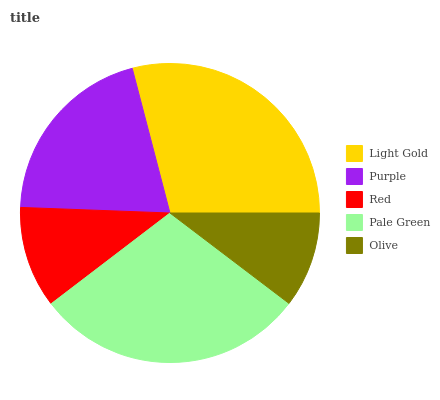
| Light Gold | Purple | Red | Pale Green | Olive |
 | --- | --- | --- | --- | --- |
 | 29.1% | 20.4% | 11% | 29.3% | 10.3% |